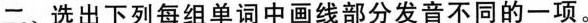
二、选出下列每组单词中画线部分发音不同的一项.